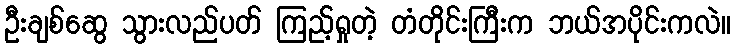
ဦးချစ်ဆွေ သွားလည်ပတ် ကြည့်ရှုတဲ့ တံတိုင်းကြီးက ဘယ်အပိုင်းကလဲ။